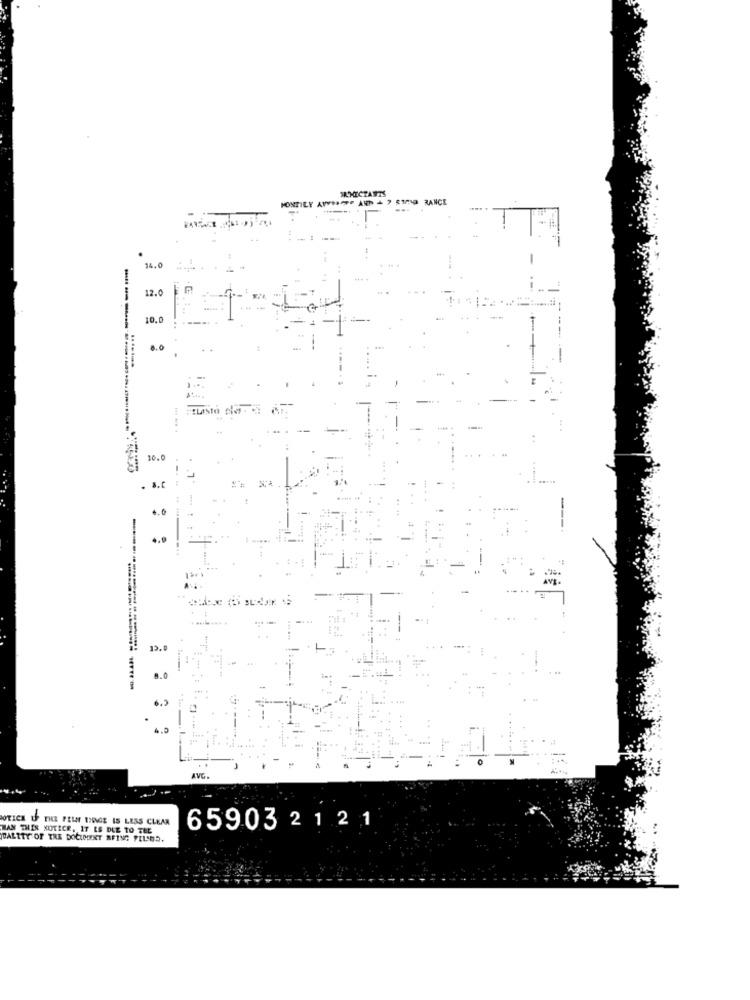
MONTILY A
. AN 47 RIO RANCE
14.0
--
-
12.0
i ...
10.0
4.0
10.0
. s.t
13.9
8.0
AVG.
NOTICE OF THE PEUT UNGE IS LESS CLEAR
MAN THIS NOTICE, IT IS DUE TO TEL
659032 1 2 1
ALITY OF TRE DOCUMENT BEING FILSBD.